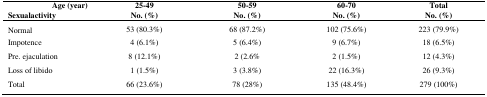
<table><thead><tr><td><b> Age (year)</b></td><td><b>25-49</b></td><td><b>50-59</b></td><td><b>60-70</b></td><td><b>Total</b></td></tr><tr><td><b>Sexualactivity</b></td><td><b>No. (%)</b></td><td><b>No. (%)</b></td><td><b>No. (%)</b></td><td><b>No. (%)</b></td></tr></thead><tbody><tr><td>Normal</td><td>53 (80.3%)</td><td>68 (87.2%)</td><td>102 (75.6%)</td><td>223 (79.9%)</td></tr><tr><td>Impotence</td><td>4 (6.1%)</td><td>5 (6.4%)</td><td>9 (6.7%)</td><td>18 (6.5%)</td></tr><tr><td>Pre. ejaculation</td><td>8 (12.1%)</td><td>2 (2.6%</td><td>2 (1.5%)</td><td>12 (4.3%)</td></tr><tr><td>Loss of libido</td><td>1 (1.5%)</td><td>3 (3.8%)</td><td>22 (16.3%)</td><td>26 (9.3%)</td></tr><tr><td>Total</td><td>66 (23.6%)</td><td>78 (28%)</td><td>135 (48.4%)</td><td>279 (100%)</td></tr></tbody></table>